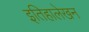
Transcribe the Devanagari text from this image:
इतिहालेखन